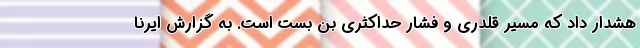
هشدار داد که مسیر قلدری و فشار حداکثری بن بست است. به گزارش ایرنا